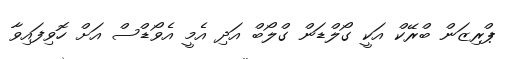
ޕްރިޒަން ބްރޭކް އަކީ ގޯލްޑަން ގްލޯބް އަދި އެމީ އެވޯޑްސް އަށް ހޮވިފައިވާ